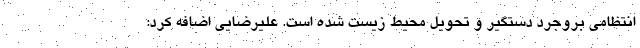
انتظامی بروجرد دستگیر و تحویل محیط زیست شده است. علیرضایی اضافه کرد: